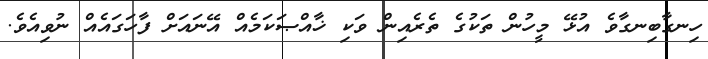
ހިނގާބިނގާވެ އުޅޭ މީހުން ތަކުގެ ތެރެއިން ވަކި ޚާއްޞަކަމެއް އޭނައަށް ފާހަގައެއް ނުވިއެވެ.